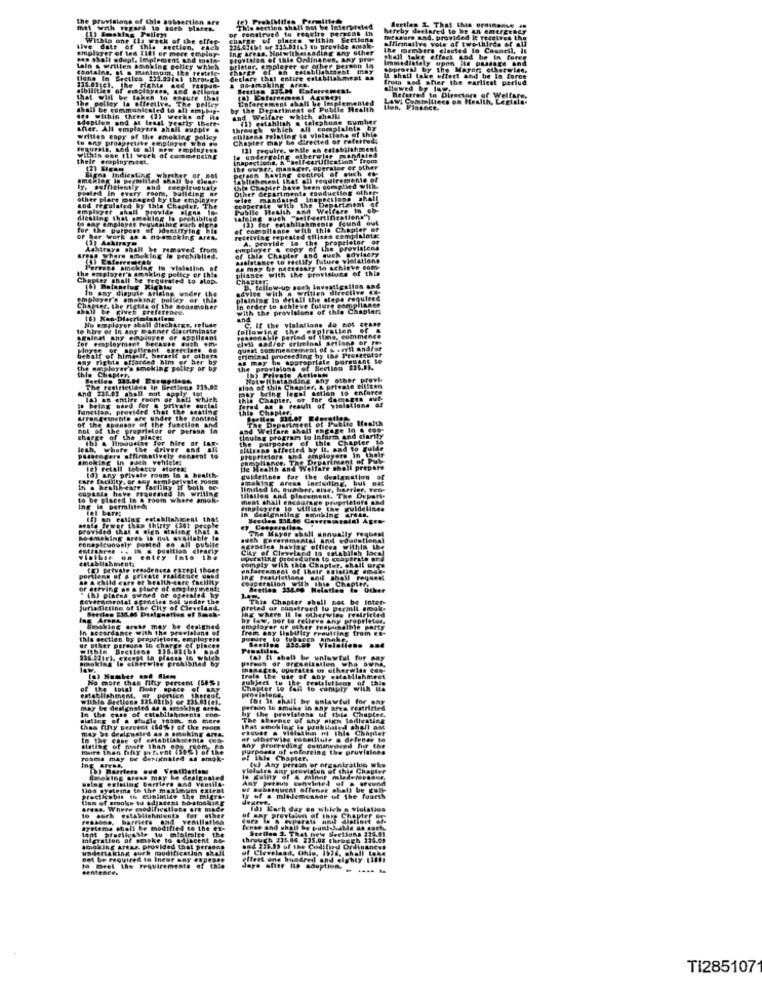
wvisions of this
Berilas & That 1
mtl with regard to ades
or Font
This section the
rued to Faqs
hereby deelareil to be a
Within one ils weck of the
of places within Section
affirmative vote af two thirds of
mesaure and. provided It
mpl
ive date of this section.
er of tem
IRE
a. Notwiths
Ib provide a
the members ciscted to Casacil, it
Zement and
shall take effect cod be in foren
Immediat
tains, at a minimum, the ter
& written Bov
peller
pulstar- applerer or ot
seprarsi by the Mayor, otherules,
King
entire est
Bruin nad after the earliest perlu
I shall take effect And be Is
be Is force
Abilities
Epfo
allowed by Ing-
he B
ure
Referred to Directora of Welfare.
w. Comtelliees on Health,
hall be communice
Department of
ile 1
within three (a)
and Welfare
hith
tr. A
yhich
written copy of the
policy
r may be dir
ting to vis
while
thele erapinymimt.
reina
ving
er other
smoking is permitted
Ablishment that oil requirements of
Boaled in every room,
Other departments conducting othe
Chapter have been comp code
Ine
this Chapter
vide signs In
The
king
habites
urpost
work as a no-smoking
recelyt
A. provide io the
removed
from
copy
of this Chapter
assistance to Fat
Be may br nettes
pliante with the P
of this
Ler OBA
ber
Chapt
in any dispule
B. tellow-up poch
avice
los and
Tere smoking polley
In order to sehleve future
eter. the rights of the one
given Fre
terence.
with the provisions of
le Casp
Kap-Dlecri
y skoll dlacharge. Ch
and
violations
do Bot
re or In any manner discriminate
Player
the
eraployment because
uver or applicant
auch .me
reasonable period
civil and/or criminal setlonge
me. commence
quest commencement of hervil and/or
Hay Penta afforded him er h
himisit, heranit or other
her by
erimisal
.. MAS
ay be appropriate p
I proceeding hy the Pre
The
ale Chapter
ver'. smoking pollty or by
the provisions
Ib) Private Actions
prav
Beetle# 335.94
Notwithstanding any other
DroTh
And 231lpg shall not
The restrictions In bretions
oply 1g
Blon of this Chapter, & private eltiten
legal setien to enforce
Chapter, of
Tor dam
function, provided
that the seating
Le Chapter
a result of violations
of the sponsor of the function &
Under the conteog
he Departr
nol of the prophets
or person I
and Welfare sn
charge
(b) & limousine for hire a
" the placet
the
lesb, where the driver and all
The affected b
gers affirentively consent
Buch vehleles
proprietors and em
pllance.
any private room In a health-
le Health and w
Wel
ty. or any
guidelines for the
ting arens InEIN
velanation
cupasta haye Frquened In writing
health-care facliny if botn Do
have
limited boy
to be placed in a room where amoks
wat shall encadrer
Ing in permitted
fel bare;
Finglugere to utilize
Men4 thOS
ste fewer this thirty (24) po4pk
The Mayer shell
conspicuously posted on all pubile
IN @ position clearly
CLy of Cleveland to enfiabilsh
scracies having offices
visible on tatry
Into the
epl thoet
comply with this Chapter.
enforcement of their BEIMting
portions of a p
. A child care of health care faellig
cooperation with
. Chapter.
Bestien 334.49
(h) pinena o
under the
This Chapter shall not be Inte
Jurisdictine of the CHy of Cleveland,
Serdies 234.86 Duly
preted or construed lu permit
By law, bor to relleve any propri
lag where It Is otherviss festr
In accordance with the previalane o
Emaking Frete mayb
designed
employer or other teapurnelble
from any liability
Pulty Freutting from
this cectien by proprietors, explogers
other ptredes in charge
Ithin Beetlong
place
(al It shall be unlawtul fur any
rates of otherye
No more that fifty percent (58
Trele the use of aDy EM
" the total floor space el
Chapter to (al to comply w
(0) It shall be unlawtul for Bar
by the provisions of this Chap
slating
sheence of thy sign Sedieating
thes faty BEFFEct (60 %) of the room
De designwird as a smoking ane
witte Chanter
hall AM
or otherwise robotllule a defener to
sisting of fate than Cp
pure
ets of enforeing the pruvialess
fuchyding Cemanygheed fig the
Teams may be
at this Chapter.
(o) Any person er organd
vielatra any provision of this Chape
1 Yen
1los gyetema to the mal
embarquent offen.
tem of smoke Wo &
ty of & mlademes!
Areas, Where
Systema.
lent practkvasir tu
1 be modified
the
Ichse and uhal
Stellen 1. That he
migration of sminke 1
the
Ch #1504. 235.0
dertaking &
not be required to Ines
days After Its souplem.
TI285107